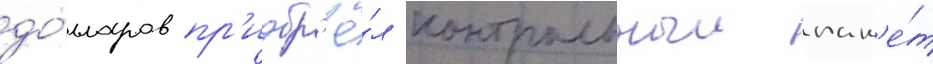
до́лларов пр'иобр'ё́л контрольныи пак'е́т